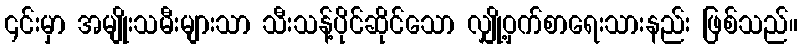
၎င်းမှာ အမျိုးသမီးများသာ သီးသန့်ပိုင်ဆိုင်သော လျှို့ဝှက်စာရေးသားနည်း ဖြစ်သည်။